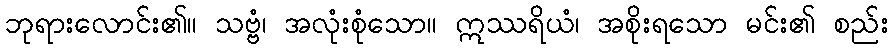
ဘုရားလောင်း၏။ သဗ္ဗံ၊ အလုံးစုံသော။ ဣဿရိယံ၊ အစိုးရသော မင်း၏ စည်း